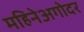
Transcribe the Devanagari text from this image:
महिनेअगोदर